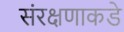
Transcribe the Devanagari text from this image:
संरक्षणाकडे